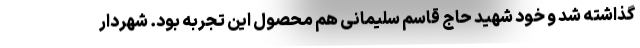
گذاشته شد و خود شهید حاج قاسم سلیمانی هم محصول این تجربه بود. شهردار